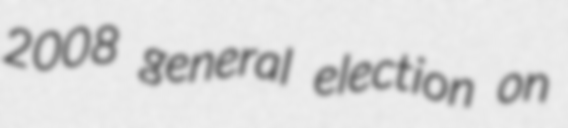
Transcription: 2008 general election on